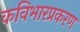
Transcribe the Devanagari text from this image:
कविभारप्रकरण